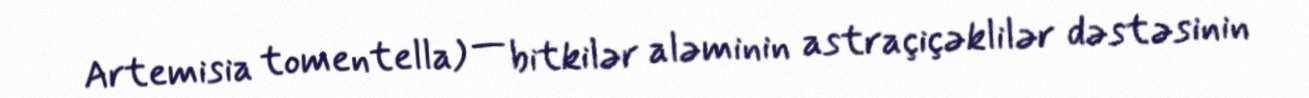
Artemisia tomentella) — bitkilər aləminin astraçiçəklilər dəstəsinin